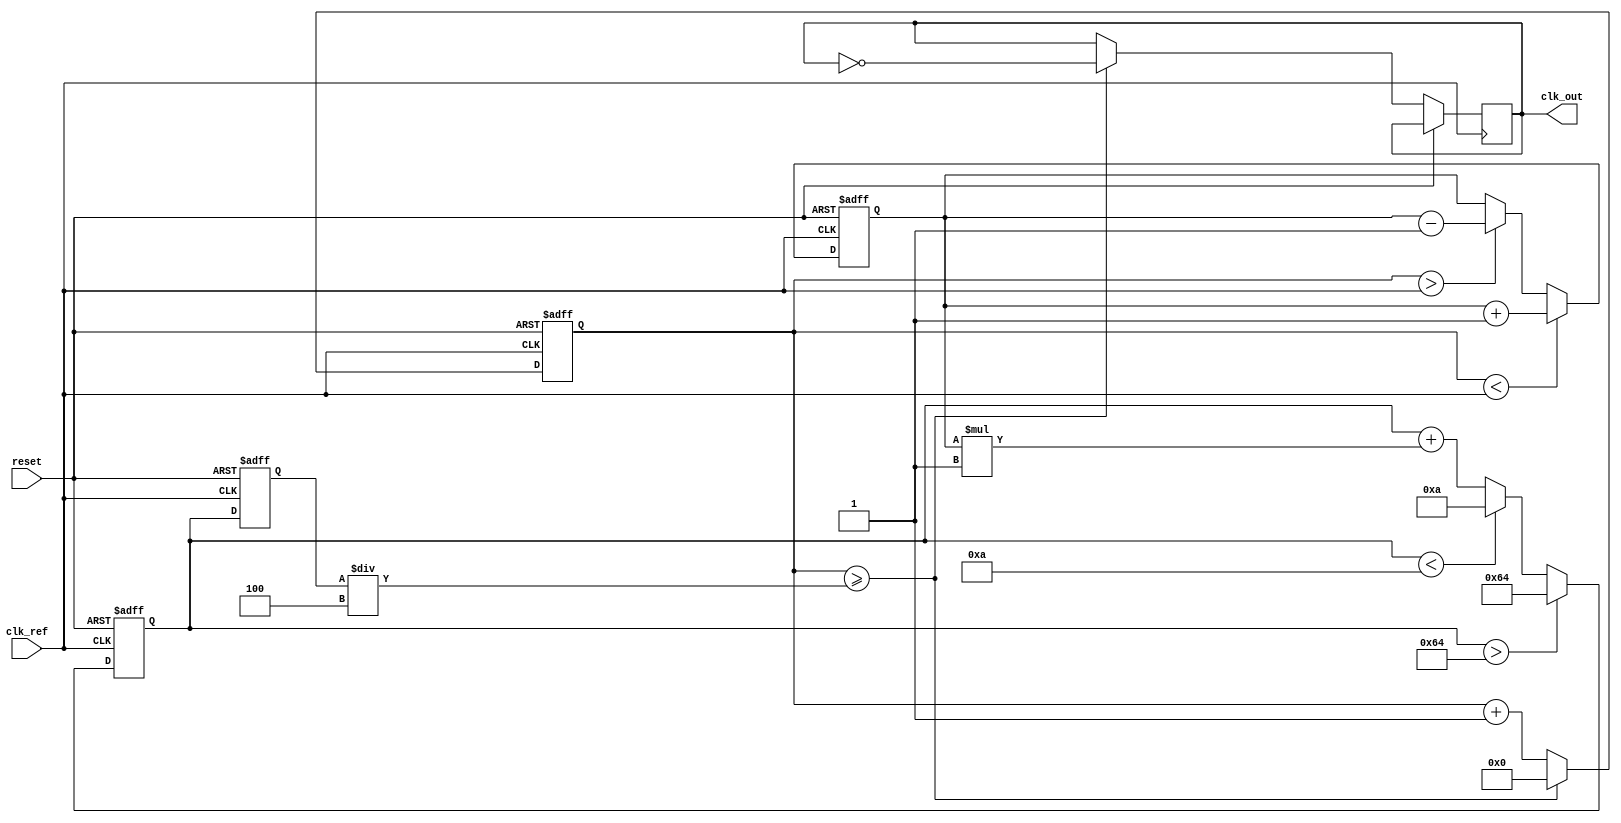
module PLL (
    input wire clk_ref,          // Reference clock input
    input wire reset,            // Reset signal
    output reg clk_out           // Output clock
);

// Parameters
parameter DIV_RATIO = 4;       // Frequency divider ratio
parameter VCO_MAX_FREQ = 100;  // Maximum VCO frequency
parameter VCO_MIN_FREQ = 10;   // Minimum VCO frequency
parameter LOOP_FILTER_GAIN = 1; // Loop filter gain

// Internal signals
reg [7:0] phase_error;          // Phase error signal
reg [7:0] control_voltage;       // Control voltage for VCO
reg [7:0] vco_output;            // VCO output frequency
reg [7:0] divider_output;        // Frequency divider output
reg [7:0] vco_frequency;         // Current VCO frequency

// Phase Detector
always @(posedge clk_ref or posedge reset) begin
    if (reset) begin
        phase_error <= 0;
    end else begin
        // Simple phase detection logic (leading/lagging)
        if (divider_output < clk_ref) begin
            phase_error <= phase_error + 1; // Lagging
        end else if (divider_output > clk_ref) begin
            phase_error <= phase_error - 1; // Leading
        end
    end
end

// Loop Filter
always @(posedge clk_ref or posedge reset) begin
    if (reset) begin
        control_voltage <= 0;
    end else begin
        control_voltage <= control_voltage + (phase_error * LOOP_FILTER_GAIN);
        // Clamp control voltage to VCO range
        if (control_voltage > VCO_MAX_FREQ) begin
            control_voltage <= VCO_MAX_FREQ;
        end else if (control_voltage < VCO_MIN_FREQ) begin
            control_voltage <= VCO_MIN_FREQ;
        end
    end
end

// Voltage-Controlled Oscillator (VCO)
always @(posedge clk_ref or posedge reset) begin
    if (reset) begin
        vco_frequency <= VCO_MIN_FREQ;
    end else begin
        vco_frequency <= control_voltage; // Control frequency based on voltage
    end
end

// Frequency Divider
always @(posedge clk_ref or posedge reset) begin
    if (reset) begin
        divider_output <= 0;
    end else begin
        // Simple frequency divider logic
        if (divider_output >= (vco_frequency / DIV_RATIO)) begin
            clk_out <= ~clk_out; // Toggle output clock
            divider_output <= 0;  // Reset divider
        end else begin
            divider_output <= divider_output + 1; // Increment divider
        end
    end
end

endmodule